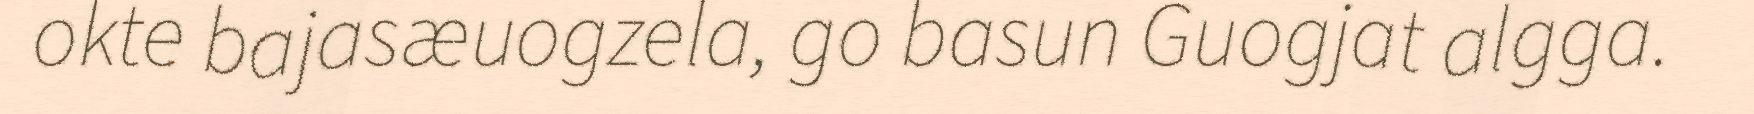
okte bajasæuogzela, go basun Guogjat algga.